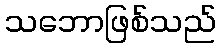
သဘောဖြစ်သည်